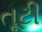
તૂટી